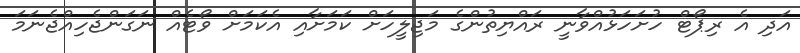
އަދި އެ ރިޕޯޓް ހުށަހަޅުއްވާނީ ރައްޔިތުންގެ މަޖިލީހަށް ކަމަށާއި އެކަމަށް ވޯޓެއް ނަގަންޖެހިއްޖެނަމަ